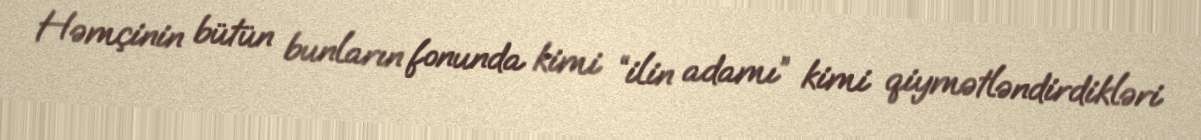
Həmçinin bütün bunların fonunda kimi “ilin adamı” kimi qiymətləndirdikləri